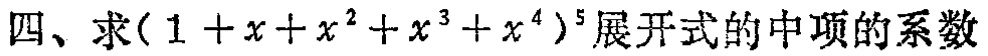
四、求\((1 + x + x^{2} + x^{3} + x^{4})^{5}\)展开式的中项的系数